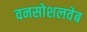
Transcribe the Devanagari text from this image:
वनसोशलवेब